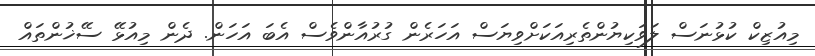
މިއުޒިކް ކުޅުނަސް ލަވަކިޔުންތެރިއަކަށްވިޔަސް އަހަރެން ގުރުއާންވެސް އެބަ އަހަން. ދެން މިއުޅޭ ސޭޚުންތައް